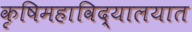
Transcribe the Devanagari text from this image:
कृषिमहाविद्यालयात